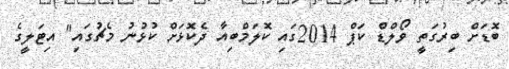
ބޮޑަށް ބިރުގަތީ ވޯލްޑް ކަޕް 2014ގައި ކޮލަމްބިއާ ދެކޮޅަށް ކުޅުނު މެޗުގައި" އިޓަލީގެ